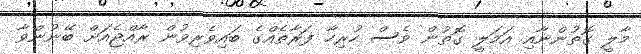
މާލީ ގޮތުންނާއި އަމަލީ ގޮތުން ވެސް ހުރިހާ ފަރާތެއްގެ ބައިވެރިވުން ރާއްޖެއަށް ބޭނުންވާ